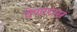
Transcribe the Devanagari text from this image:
देणारास